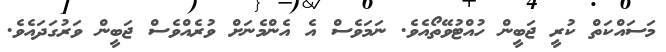
މަސައްކަތް ކުރީ ޖަބީން ހުއްޓުވޭތޯއެވެ. ނަމަވެސް އެ އެންމެނަށް ވުރެއްވެސް ޖަބީން ވަރުގަދައެވެ.